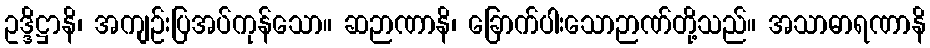
ဥဒ္ဒိဋ္ဌာနိ၊ အကျဉ်းပြအပ်ကုန်သော။ ဆဉာဏာနိ၊ ခြောက်ပါးသောဉာဏ်တို့သည်။ အသာဓာရဏာနိ